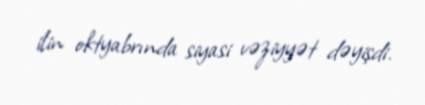
ilin oktyabrında siyasi vəziyyət dəyişdi.